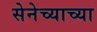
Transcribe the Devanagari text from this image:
सेनेच्याच्या